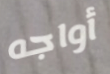
أواجه